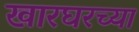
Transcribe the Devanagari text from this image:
खारघरच्या